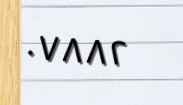
٠٧٨٨٢